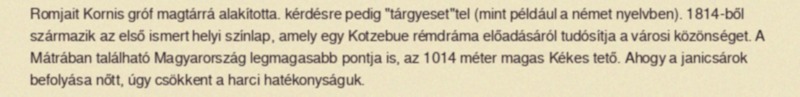
Romjait Kornis gróf magtárrá alakította. kérdésre pedig "tárgyeset"tel (mint például a német nyelvben). 1814-ből származik az első ismert helyi színlap, amely egy Kotzebue rémdráma előadásáról tudósítja a városi közönséget. A Mátrában található Magyarország legmagasabb pontja is, az 1014 méter magas Kékes tető. Ahogy a janicsárok befolyása nőtt, úgy csökkent a harci hatékonyságuk.